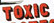
TOXIC